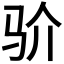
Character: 𩧦